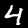
Digit: 4